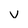
Character: v